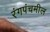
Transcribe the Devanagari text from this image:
रंगपंचमील